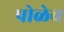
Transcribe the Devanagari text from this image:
पोळेच